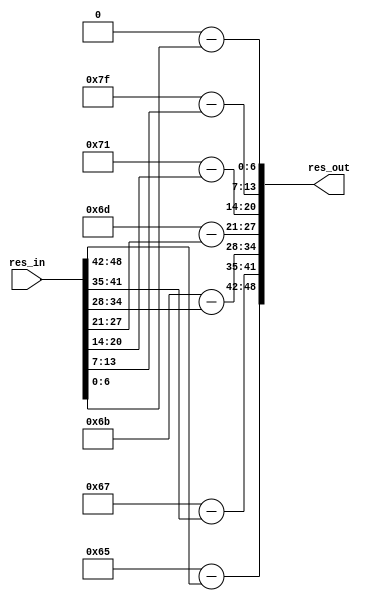
`timescale 1ns / 1ps
//////////////////////////////////////////////////////////////////////////////////
// Company: 
// Engineer: 
// 
// Design Name: 
// Module Name: res_sub
// Project Name: 
// Target Devices: 
// Tool Versions: 
// Description: 
// 
// Dependencies: 
// 
// Revision:
// Revision 0.01 - File Created
// Additional Comments:
// 
//////////////////////////////////////////////////////////////////////////////////


module res_sub(input [48:0] res_in, output [48:0] res_out);

//This module is used to take the complement of the residues which can be directly added in case of subtraction
//Complement is nothing just the subtraction of residues from the magnitude of their corresponding moduli

assign res_out[48:42] = 7'd101 - res_in[48:42];
assign res_out[41:35] = 7'd103 - res_in[41:35];
assign res_out[34:28] = 7'd107 - res_in[34:28];
assign res_out[27:21] = 7'd109 - res_in[27:21];
assign res_out[20:14] = 7'd113 - res_in[20:14];
assign res_out[13:7] = 7'd127 - res_in[13:7];
assign res_out[6:0] = 8'd128 - res_in[6:0];
endmodule